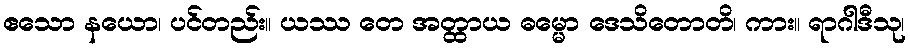
ဧသော နယော၊ ပင်တည်း။ ယဿ တေ အတ္ထာယ ဓမ္မော ဒေသိတောတိ၊ ကား။ ရာဂါဒီသု၊